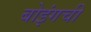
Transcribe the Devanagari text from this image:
बोइंगची